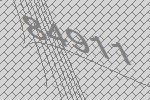
84911